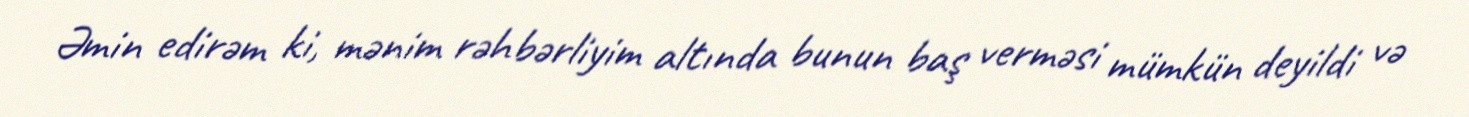
Əmin edirəm ki, mənim rəhbərliyim altında bunun baş verməsi mümkün deyildi və